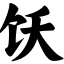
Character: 饫